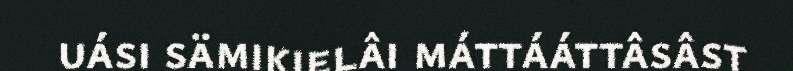
uási sämikielâi máttááttâsâst